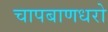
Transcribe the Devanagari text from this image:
चापबाणधरो